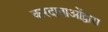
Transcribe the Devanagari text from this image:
करदाताओंद्वारा